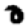
Digit: 0